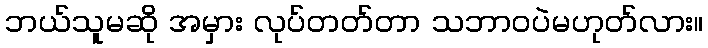
ဘယ်သူမဆို အမှား လုပ်တတ်တာ သဘာဝပဲမဟုတ်လား။